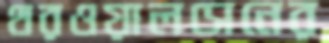
থরওয়ালসেনের